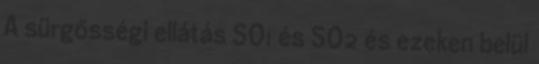
A sürgősségi ellátás SO1 és SO2 és ezeken belül